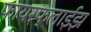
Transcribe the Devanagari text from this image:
फायरफ्लाईझ